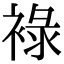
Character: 䘵